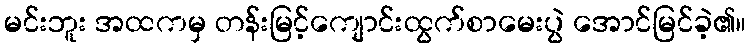
မင်းဘူး အထကမှ တန်းမြင့်ကျောင်းထွက်စာမေးပွဲ အောင်မြင်ခဲ့၏။